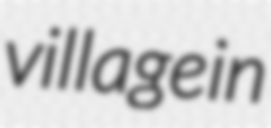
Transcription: village in